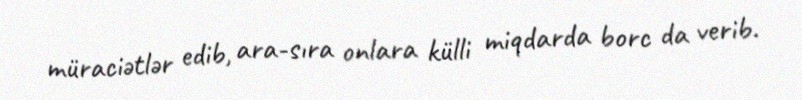
müraciətlər edib, ara-sıra onlara külli miqdarda borc da verib.